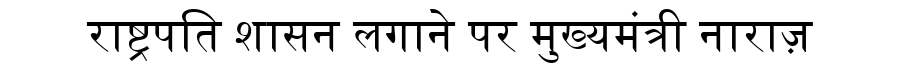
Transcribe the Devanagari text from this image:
राष्ट्रपति शासन लगाने पर मुख्यमंत्री नाराज़